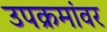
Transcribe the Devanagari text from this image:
उपक्रमांवर